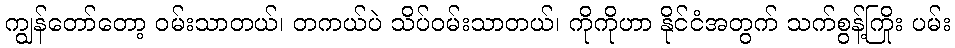
ကျွန်တော်တော့ ဝမ်းသာတယ်၊ တကယ်ပဲ သိပ်ဝမ်းသာတယ်၊ ကိုကိုဟာ နိုင်ငံအတွက် သက်စွန့်ကြိုး ပမ်း